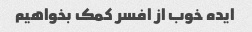
ایده خوب از افسر کمک بخواهیم